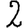
Digit: 2